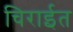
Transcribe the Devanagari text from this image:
चिराईत